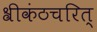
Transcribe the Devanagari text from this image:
श्रीकंठचरित्‌